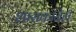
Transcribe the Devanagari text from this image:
शासकानेही